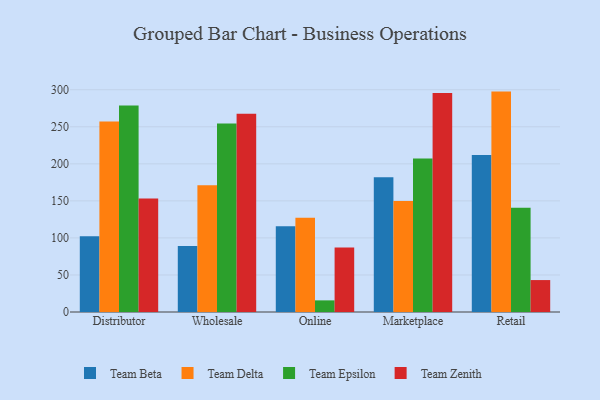
{"axis": {"x": "Channel", "y": "Energy Usage (MWh)"}, "legend": ["Team Beta", "Team Delta", "Team Epsilon", "Team Zenith"], "data": [{"x": "Distributor", "y": 102.3, "type": "Team Beta"}, {"x": "Distributor", "y": 257.1, "type": "Team Delta"}, {"x": "Distributor", "y": 278.9, "type": "Team Epsilon"}, {"x": "Distributor", "y": 153.1, "type": "Team Zenith"}, {"x": "Wholesale", "y": 89.0, "type": "Team Beta"}, {"x": "Wholesale", "y": 171.1, "type": "Team Delta"}, {"x": "Wholesale", "y": 254.5, "type": "Team Epsilon"}, {"x": "Wholesale", "y": 267.5, "type": "Team Zenith"}, {"x": "Online", "y": 115.7, "type": "Team Beta"}, {"x": "Online", "y": 127.1, "type": "Team Delta"}, {"x": "Online", "y": 15.7, "type": "Team Epsilon"}, {"x": "Online", "y": 87.0, "type": "Team Zenith"}, {"x": "Marketplace", "y": 181.8, "type": "Team Beta"}, {"x": "Marketplace", "y": 149.9, "type": "Team Delta"}, {"x": "Marketplace", "y": 207.3, "type": "Team Epsilon"}, {"x": "Marketplace", "y": 295.5, "type": "Team Zenith"}, {"x": "Retail", "y": 212.0, "type": "Team Beta"}, {"x": "Retail", "y": 297.5, "type": "Team Delta"}, {"x": "Retail", "y": 140.7, "type": "Team Epsilon"}, {"x": "Retail", "y": 43.1, "type": "Team Zenith"}]}